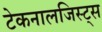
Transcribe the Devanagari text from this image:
टेकनालजिस्ट्‌स